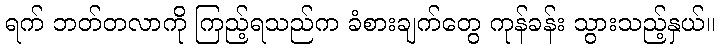
ရက် ဘတ်တလာကို ကြည့်ရသည်က ခံစားချက်တွေ ကုန်ခန်း သွားသည့်နှယ်။